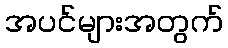
အပင်များအတွက်